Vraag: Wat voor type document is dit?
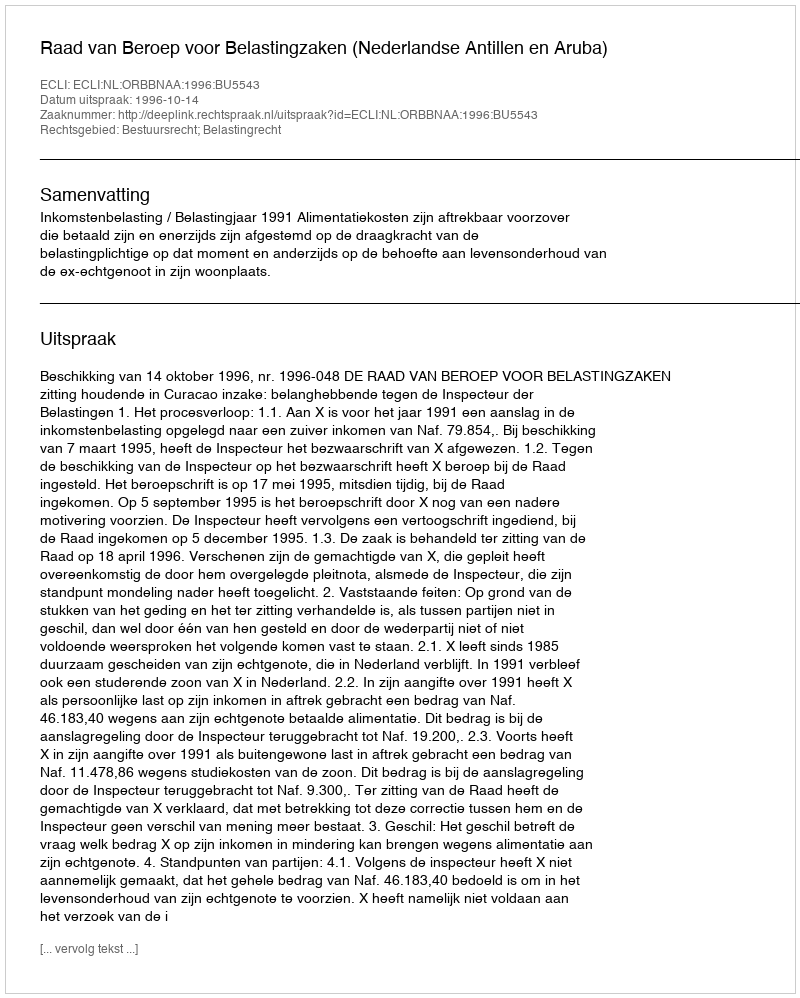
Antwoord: Uitspraak